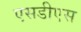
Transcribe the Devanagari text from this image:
एसडीएस